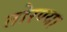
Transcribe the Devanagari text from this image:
तोरण्या